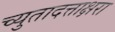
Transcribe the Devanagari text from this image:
च्युतादत्ताक्षरा